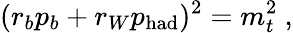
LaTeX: (r_{b}p_{b}+r_{W}p_{\mathrm{had}})^{2}=m_{t}^{2}\ ,